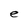
Character: e